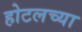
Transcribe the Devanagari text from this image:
होटलच्या